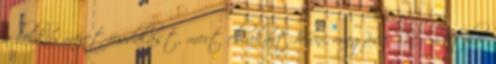
a lelkiismeret-furdalást, mert el akart hívni magával Lex Luthor